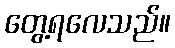
တွေ့ရလေသည်။